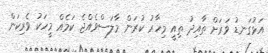
އަޅުގަނޑު ވަރަށް ތާއިދު ތިއީ މިހާރު ކުރަން މާލަސްވެއްޖެ ކަމެއް މީހަކު ވެރިކަން